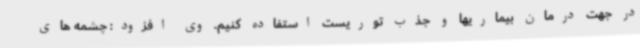
در جهت درمان بیماریها و جذب توریست استفاده کنیم. وی افزود: چشمه های